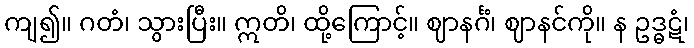
ကျ၍။ ဂတံ၊ သွားပြီး။ ဣတိ၊ ထို့ကြောင့်။ ဈာနင်္ဂံ၊ ဈာနင်ကို။ န ဥဒ္ဓဋံ၊